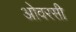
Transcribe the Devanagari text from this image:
ओवरसी